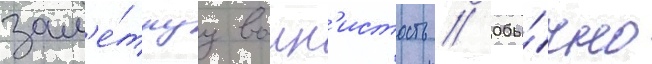
зам'е́тнуу волн'истость // Обы́чно